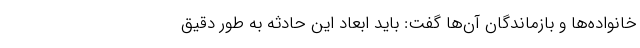
خانواده‌ها و بازماندگان آن‌ها گفت: باید ابعاد این حادثه به طور دقیق